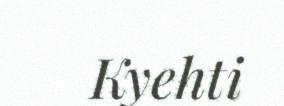
Kyehti